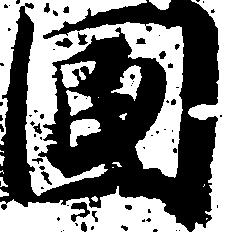
国